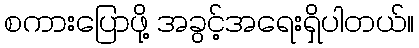
စကားပြောဖို့ အခွင့်အရေးရှိပါတယ်။